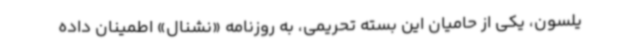
یلسون، یکی از حامیان این بسته تحریمی، به روزنامه «نشنال» اطمینان داده